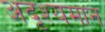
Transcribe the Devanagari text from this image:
अदृश्यमान